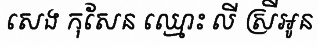
សេង កុសែន ឈ្មោះ លី ស្រីអូន